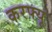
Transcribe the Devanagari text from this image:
करफ्यू